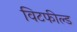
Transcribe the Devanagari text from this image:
विटफील्ड